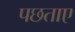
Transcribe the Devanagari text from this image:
पछताए